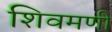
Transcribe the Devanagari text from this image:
शिवमणी